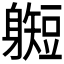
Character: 𫏰